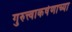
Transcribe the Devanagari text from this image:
गुरुत्त्वाकर्षणाच्या